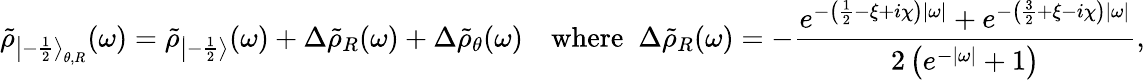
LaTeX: \tilde{\rho}_{{\left|-\frac 12\right\rangle}_{\theta,R}}(\omega)=\tilde{\rho}_{\left|-\frac 12\right\rangle}(\omega)+\Delta\tilde{\rho}_{R}(\omega)+\Delta\tilde{\rho}_{\theta}(\omega)\quad\mathrm{where}~\; \Delta\tilde{\rho}_{R}(\omega)=-\frac{e^{-\left(\frac{1}{2}-\xi+i\chi\right)|\omega|}+e^{-\left(\frac{3}{2}+\xi-i\chi\right)|\omega|}}{2\left(e^{-|\omega|}+1\right)},